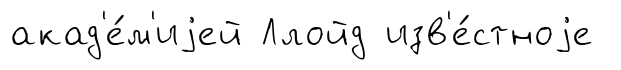
акад'е́м'иjей Ллойд изв'е́стноjе